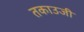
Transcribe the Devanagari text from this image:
तकाउजी